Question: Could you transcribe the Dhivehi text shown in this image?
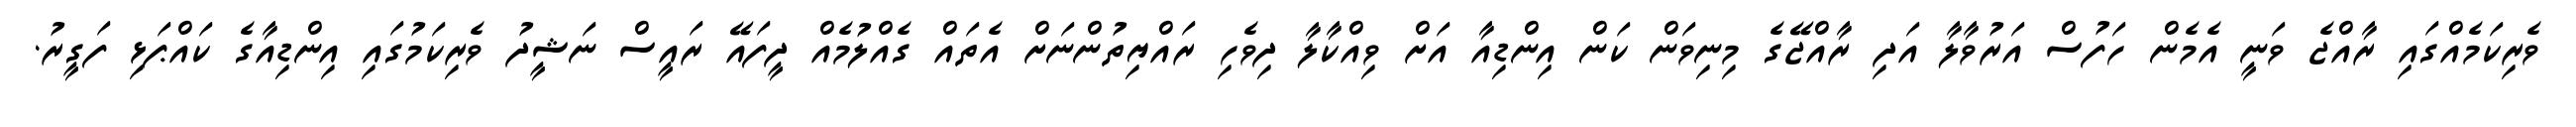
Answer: ވެރިކަމެއްގައި ރާއްޖެ ވަނީ އެމެން ހަފުސް އަރުވާލާ އަދި ރާއްޖޭގެ މިނިވަން ކަން އިންޑިއާ އަށް ވިއްކާލާ ދިވެހި ރައްޔިތުންނަށް އެތައް ގެއްލުމެއް ދީފައޭ ރައީސް ނަޝީދު ވެރިކަމުގައި އިންޑިއާގެ ކައްޕަޅި ފަގީރު.